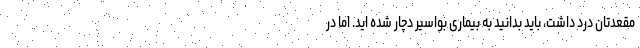
مقعدتان درد داشت، باید بدانید به بیماری بواسیر دچار شده اید. اما در